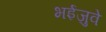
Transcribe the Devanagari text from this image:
भईजुवे